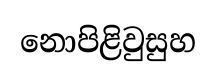
නොපිළිවුසුහ